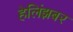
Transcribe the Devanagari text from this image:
हेलिंझबर